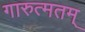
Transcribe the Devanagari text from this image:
गारुत्मतम्